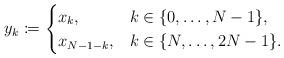
LaTeX: \begin{align*} y_k\coloneqq\begin{cases} x_k, & k\in\{0,\dotsc,N-1\}, \\ x_{N-1-k}, & k\in\{N,\dotsc,2N-1\}. \end{cases}\end{align*}